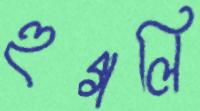
হুগলি